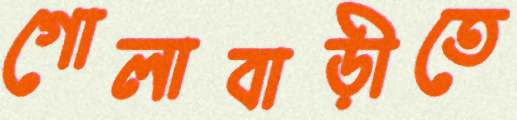
গোলাবাড়ীতে